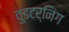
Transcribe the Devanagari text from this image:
वुडटर्निंग